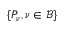
\{ P _ { \nu } , \nu \in \mathcal { B } \}